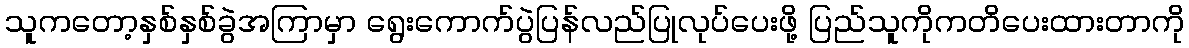
သူကတော့နှစ်နှစ်ခွဲအကြာမှာ ရွေးကောက်ပွဲပြန်လည်ပြုလုပ်ပေးဖို့ ပြည်သူကိုကတိပေးထားတာကို